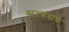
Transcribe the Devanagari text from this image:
स्वरयंत्राचे